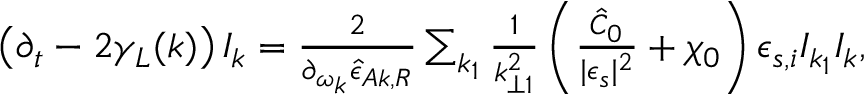
\begin{array} { r } { \left( \partial _ { t } - 2 \gamma _ { L } ( k ) \right) I _ { k } = \frac { 2 } { \partial _ { \omega _ { k } } \hat { \epsilon } _ { A k , R } } \sum _ { k _ { 1 } } \frac { 1 } { k _ { \perp 1 } ^ { 2 } } \left( \frac { \hat { C } _ { 0 } } { \lvert \epsilon _ { s } \rvert ^ { 2 } } + \chi _ { 0 } \right) \epsilon _ { s , i } I _ { k _ { 1 } } I _ { k } , } \end{array}